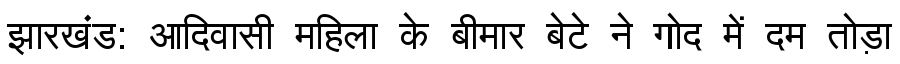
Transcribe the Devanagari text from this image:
झारखंड: आदिवासी महिला के बीमार बेटे ने गोद में दम तोड़ा